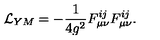
{ \cal L } _ { Y M } = - \frac { 1 } { 4 g ^ { 2 } } F _ { \mu \nu } ^ { i j } F _ { \mu \nu } ^ { i j } .